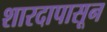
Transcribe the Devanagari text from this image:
शारदापासून